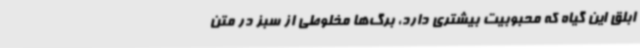
ابلق این گیاه که محبوبیت بیشتری دارد، برگ‌ها مخلوطی از سبز در متن